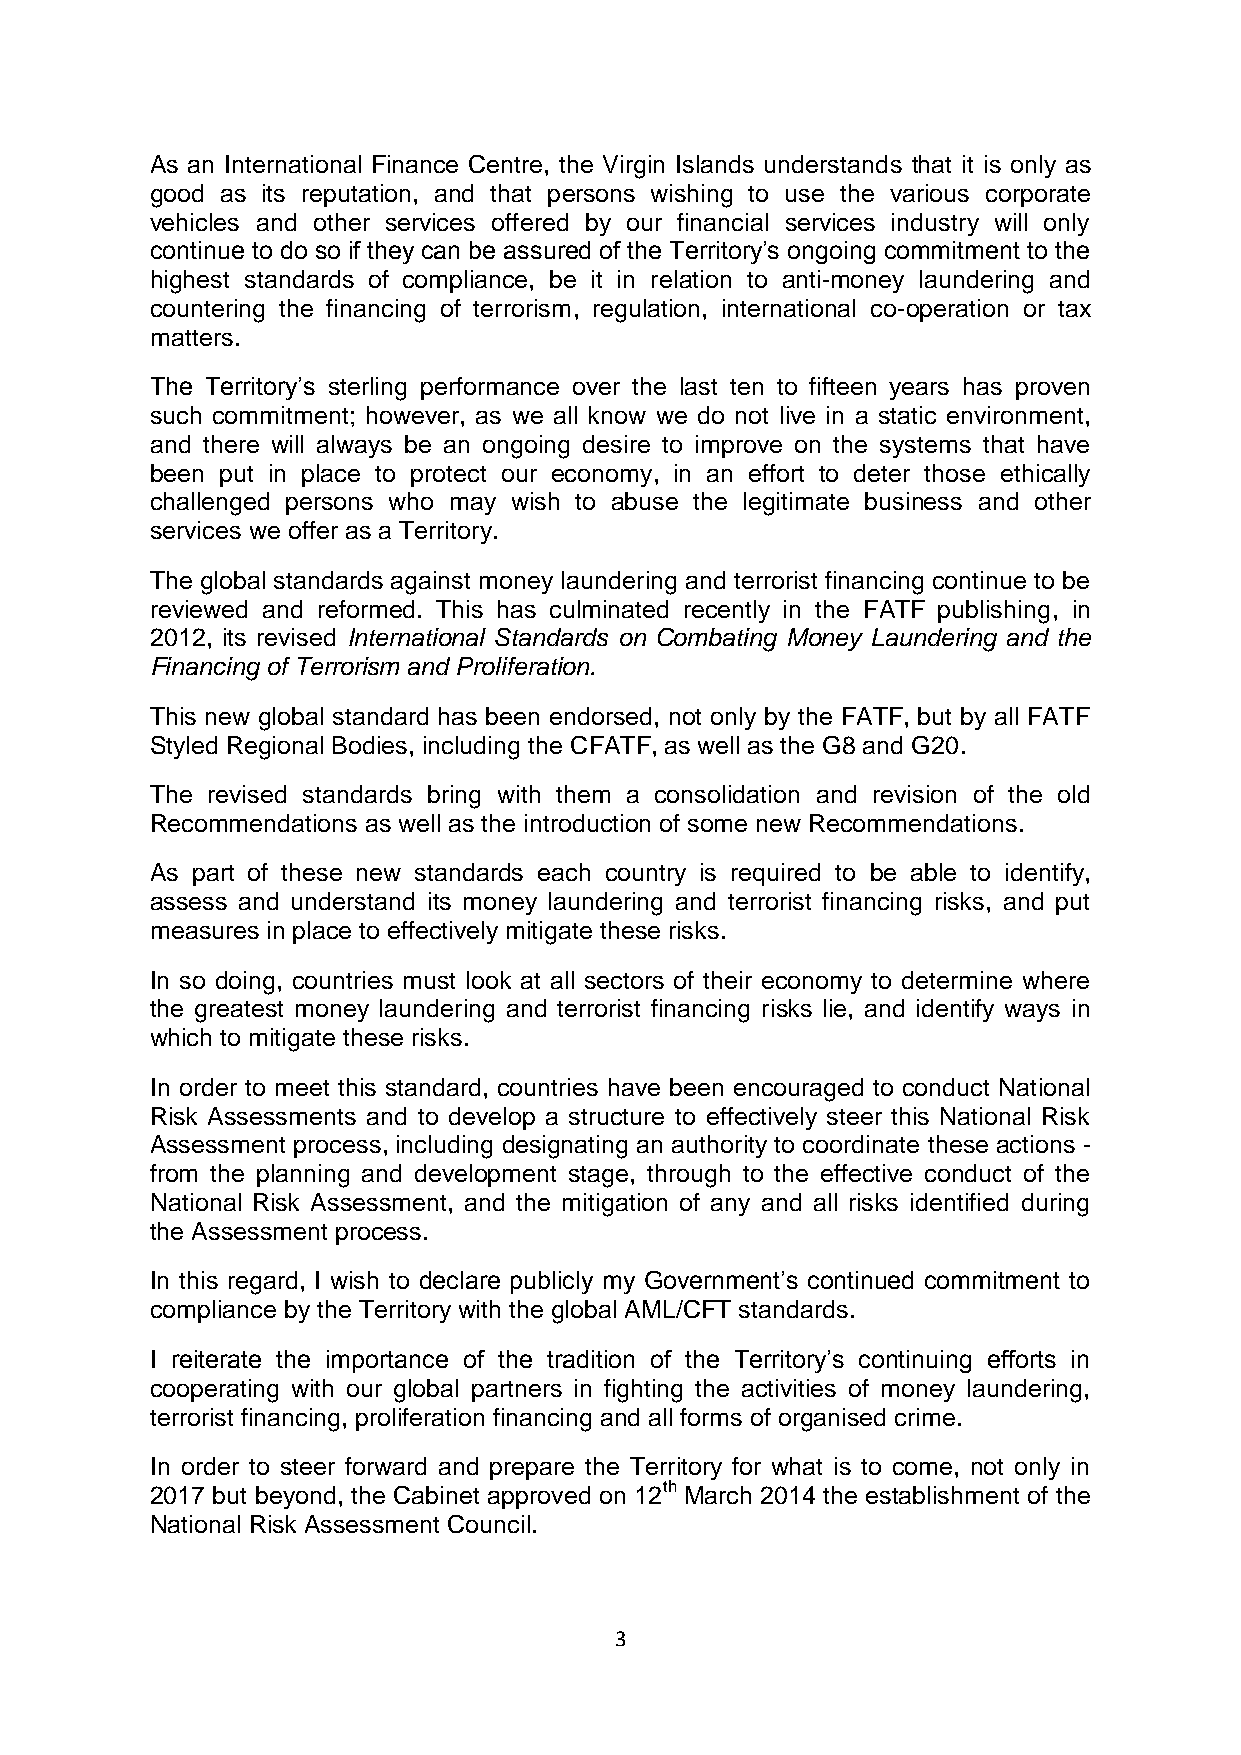
As an International Finance Centre, the Virgin Islands understands that it is only as
 good as its reputation, and that persons wishing to use the various corporate
 vehicles and other services offered by our financial services industry will only
 continue to do so if they can be assured of the Territory’s ongoing commitment to the
 highest standards of compliance, be it in relation to anti-money laundering and
 countering the financing of terrorism, regulation, international co-operation or tax
 matters.
 The Territory’s sterling performance over the last ten to fifteen years has proven
 such commitment; however, as we all know we do not live in a static environment,
 and there will always be an ongoing desire to improve on the systems that have
 been put in place to protect our economy, in an effort to deter those ethically
 challenged persons who may wish to abuse the legitimate business and other
 services we offer as a Territory.
 The global standards against money laundering and terrorist financing continue to be
 reviewed and reformed. This has culminated recently in the FATF publishing, in
 2012, its revised International Standards on Combating Money Laundering and the
 Financing of Terrorism and Proliferation.
 This new global standard has been endorsed, not only by the FATF, but by all FATF
 Styled Regional Bodies, including the CFATF, as well as the G8 and G20.
 The revised standards bring with them a consolidation and revision of the old
 Recommendations as well as the introduction of some new Recommendations.
 As part of these new standards each country is required to be able to identify,
 assess and understand its money laundering and terrorist financing risks, and put
 measures in place to effectively mitigate these risks.
 In so doing, countries must look at all sectors of their economy to determine where
 the greatest money laundering and terrorist financing risks lie, and identify ways in
 which to mitigate these risks.
 In order to meet this standard, countries have been encouraged to conduct National
 Risk Assessments and to develop a structure to effectively steer this National Risk
 Assessment process, including designating an authority to coordinate these actions -
 from the planning and development stage, through to the effective conduct of the
 National Risk Assessment, and the mitigation of any and all risks identified during
 the Assessment process.
 In this regard, I wish to declare publicly my Government’s continued commitment to
 compliance by the Territory with the global AML/CFT standards.
 I reiterate the importance of the tradition of the Territory’s continuing efforts in
 cooperating with our global partners in fighting the activities of money laundering,
 terrorist financing, proliferation financing and all forms of organised crime.
 In order to steer forward and prepare the Territory for what is to come, not only in
 2017 but beyond, the Cabinet approved on 12th March 2014 the establishment of the
 National Risk Assessment Council.
 3